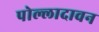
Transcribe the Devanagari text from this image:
पोल्लादावन